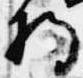
将